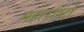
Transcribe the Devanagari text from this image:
महाराष्ट्रों